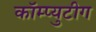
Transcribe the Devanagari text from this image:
कॉम्प्युटीग